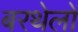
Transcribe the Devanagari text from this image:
बरथेलों